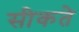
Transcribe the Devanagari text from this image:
सीकते